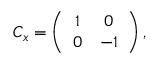
C _ { x } = \left( \begin{array} { c c } { { 1 } } & { { 0 } } \\ { { 0 } } & { { - 1 } } \end{array} \right) ,